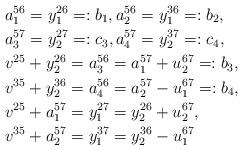
LaTeX: \begin{align*}&a_1^{56}=y_1^{26}=:b_1, a_2^{56}=y_1^{36}=:b_2,\\&a_3^{57}=y_2^{27}=:c_3, a_4^{57}=y_2^{37}=:c_4,\\&v^{25}+y_2^{26}=a_3^{56}=a_1^{57}+u_2^{67}=:b_3,\\&v^{35}+y_2^{36}=a_4^{56}=a_2^{57}-u_1^{67}=:b_4,\\&v^{25}+a_1^{57}=y_1^{27}=y_2^{26}+u_2^{67},\\&v^{35}+a_2^{57}=y_1^{37}=y_2^{36}-u_1^{67}\end{align*}